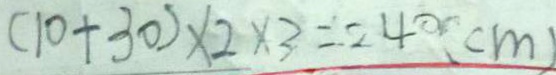
( 1 0 + 3 0 ) \times 2 \times 3 = 2 4 0 ( c m )